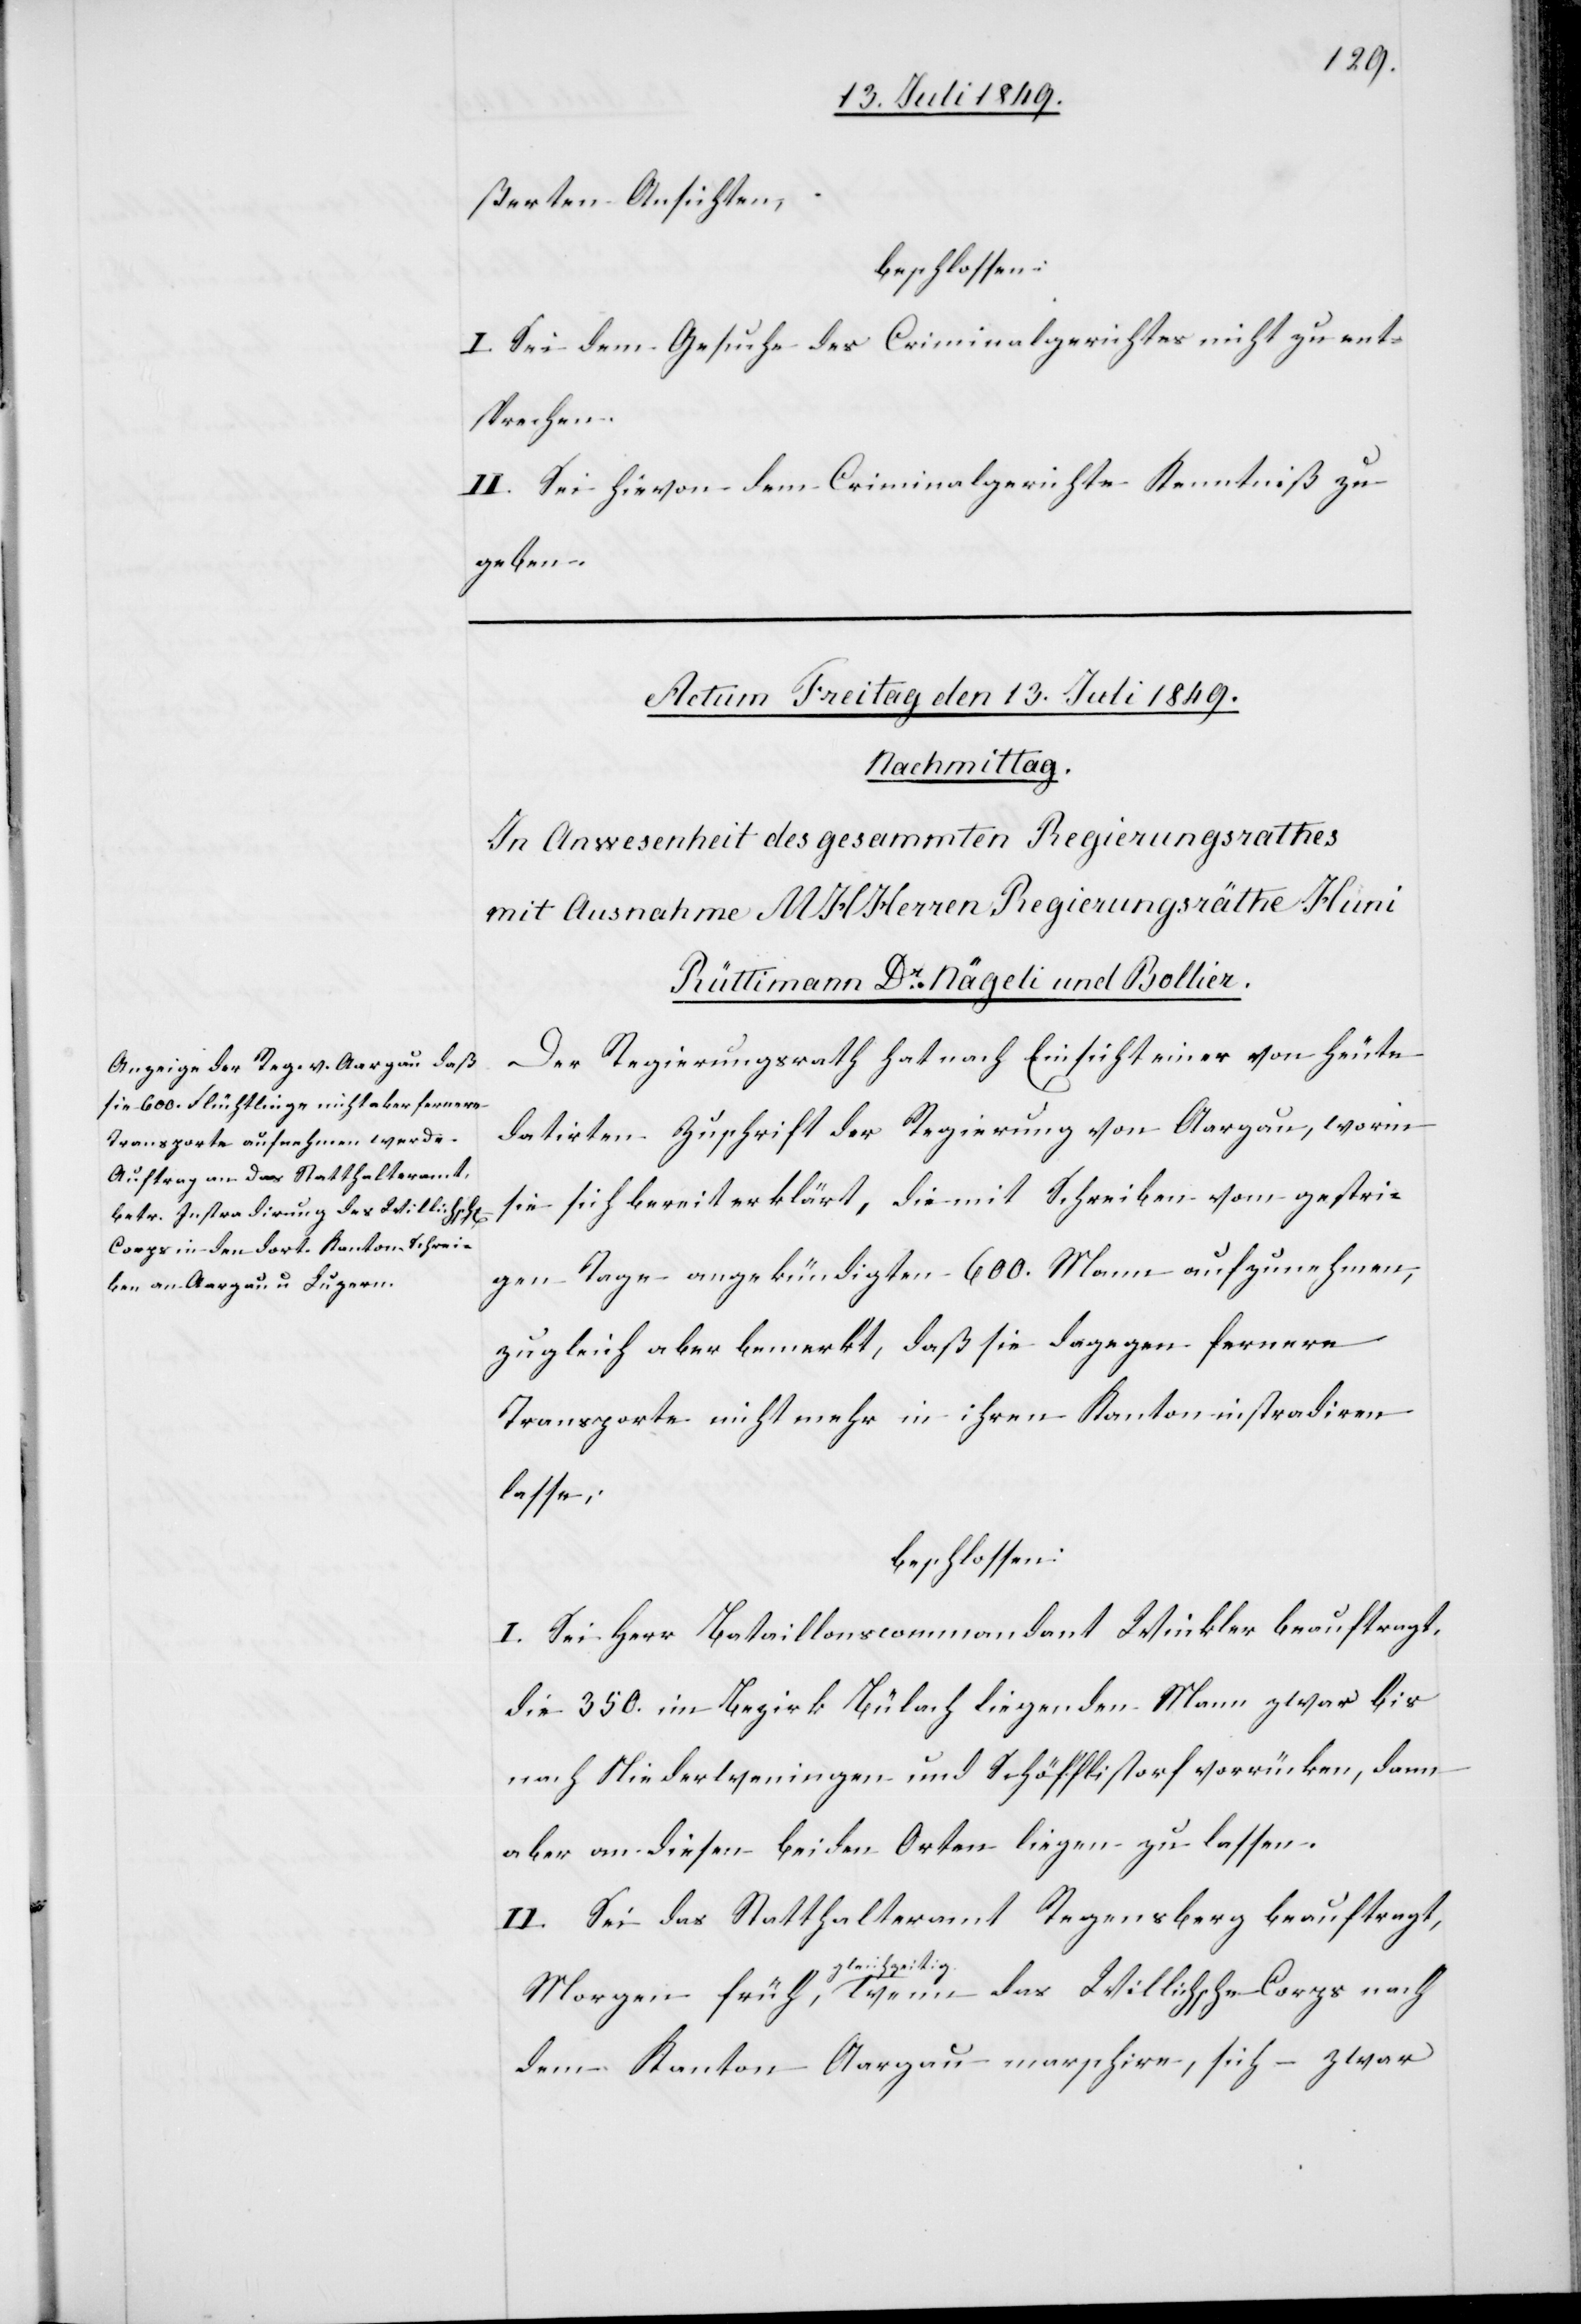
ßerten Ansichten,
beschlossen:
I. Sei dem Gesuche des Criminalgerichtes nicht zu ent¬
sprechen.
II. Sei hievon dem Criminalgerichte Kenntniß zu
geben.
Der Regierungsrath hat nach Einsicht einer von heute
datirten Zuschrift der Regierung von Aargau, worin
sie sich bereit erklärt, die mit Schreiben vom gestri¬
gen Tage angekündigten 600. Mann aufzunehmen,
zugleich aber bemerkt, daß sie dagegen fernere
Transporte nicht mehr in ihren Kanton instradiren
lasse;
beschlossen:
I. Sei Herr Bataillonscommandant Winkler beauftragt,
die 350. im Bezirk Bülach liegenden Mann zwar bis
nach Niederweningen und Schäfflistorf vorrücken, dann
aber an diesen beiden Orten liegen zu lassen.
II. Sei das Statthalteramt Regensberg beauftragt,
a-gleichzeitig-a
dem Kanton Aargau marschire, sich – zwar